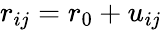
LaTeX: \begin{array}{r}{r_{ij}=r_{0}+u_{ij}}\end{array}